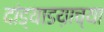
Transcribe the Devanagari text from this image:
दांड्याडय़ाच्या